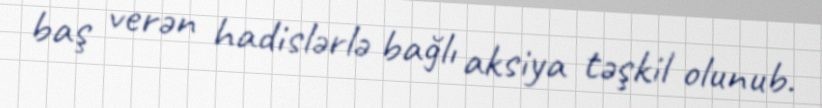
baş verən hadislərlə bağlı aksiya təşkil olunub.